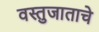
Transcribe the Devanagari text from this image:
वस्तुजाताचे